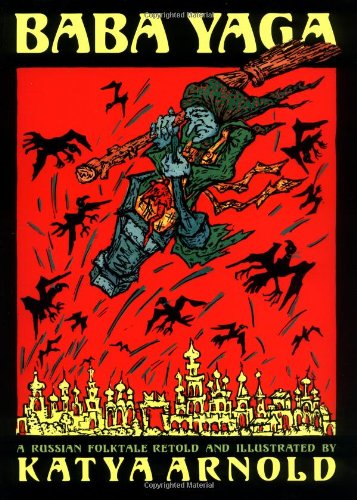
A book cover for Baba Yaga; Katya Arnold; Children's Books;